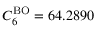
C _ { 6 } ^ { \mathrm { B O } } = 6 4 . 2 8 9 0